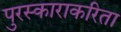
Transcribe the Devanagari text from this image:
पुरस्काराकरिता